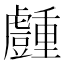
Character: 𧰜